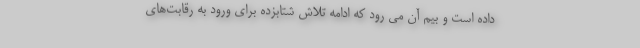
داده است و بیم آن می رود که ادامه تلاش شتابزده برای ورود به رقابت‌های